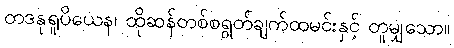
တဒနုရူပိယေန၊ ထိုဆန်တစ်စရွတ်ချက်ထမင်းနှင့် တူမျှသော။